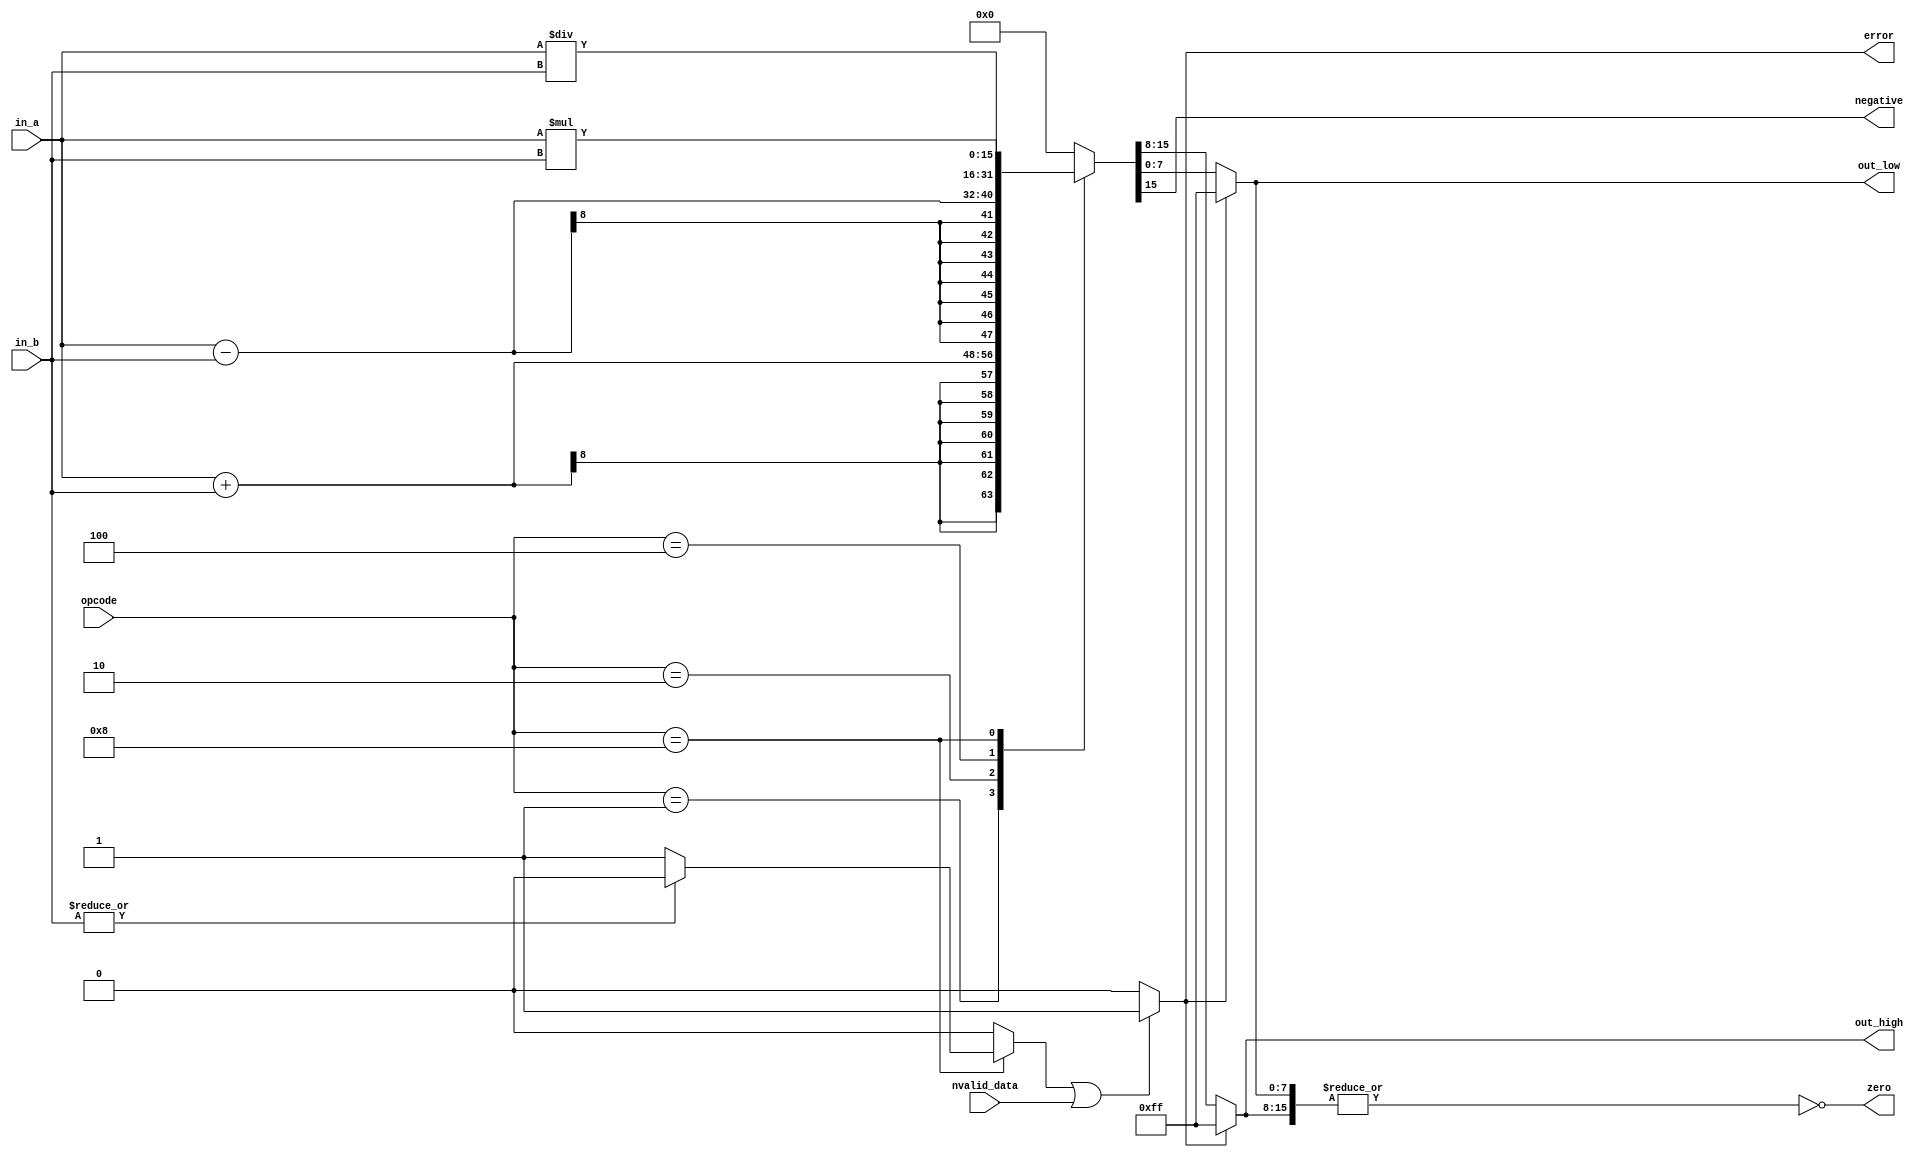
module alu #(
  parameter WIDTH = 8,
  parameter NOPS = 4
  )(
  input wire        [NOPS:0]    opcode,
  input wire signed [WIDTH-1:0] in_a,
  input wire signed [WIDTH-1:0] in_b,
  input wire        [0:0]       nvalid_data,
  output wire       [0:0]       negative,
  output wire       [0:0]       zero,
  output wire       [0:0]       error,
  output wire       [WIDTH-1:0] out_low,
  output wire       [WIDTH-1:0] out_high
  );

localparam  SUM = 5'b00001,
            SUB = 5'b00010,
            MUL = 5'b00100,
            DIV = 5'b01000,
            NOP = 5'b10000,
            SIZE = WIDTH*2;

reg signed [SIZE-1:0] out;
wire [0:0] div_zero;

always @(*) begin
  //ALU_OP_HOT: assert final ($onehot(opcode)) else $error("The ALU opcode is badly coded!");
  case (opcode)
    SUM: out = in_a + in_b;
    SUB: out = in_a - in_b;
    MUL: out = in_a * in_b;
    DIV: out = in_a / in_b;
    NOP: out = 1'sb0 <<< SIZE; //{SIZE{1'b0}};
    default: out = 1'sb0 <<< SIZE; //{SIZE{1'b0}};
  endcase
end

assign div_zero = (opcode == DIV) ? (~|in_b ? 1'b1 : 1'b0) : 1'b0;
assign error = (div_zero | nvalid_data) ? 1'b1 : 1'b0;

assign negative = out[SIZE-1];
assign zero = ~|{out_high, out_low}; // Affects timming

assign out_high = error ? {SIZE{1'b1}} : out[SIZE-1:WIDTH];
assign out_low  = error ? {SIZE{1'b1}} : out[WIDTH-1:0];
//assign out_high = error ? -1 : out[SIZE-1:WIDTH];
//assign out_low  = error ? -1 : out[WIDTH-1:0];

endmodule